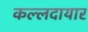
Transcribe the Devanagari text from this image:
कल्लदायार